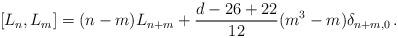
LaTeX: \begin{align*}[L_n , L_m] = (n-m) L_{n+m} +\frac{d-26+22}{12} (m^3-m) \delta_{n+m,0}\,.\end{align*}